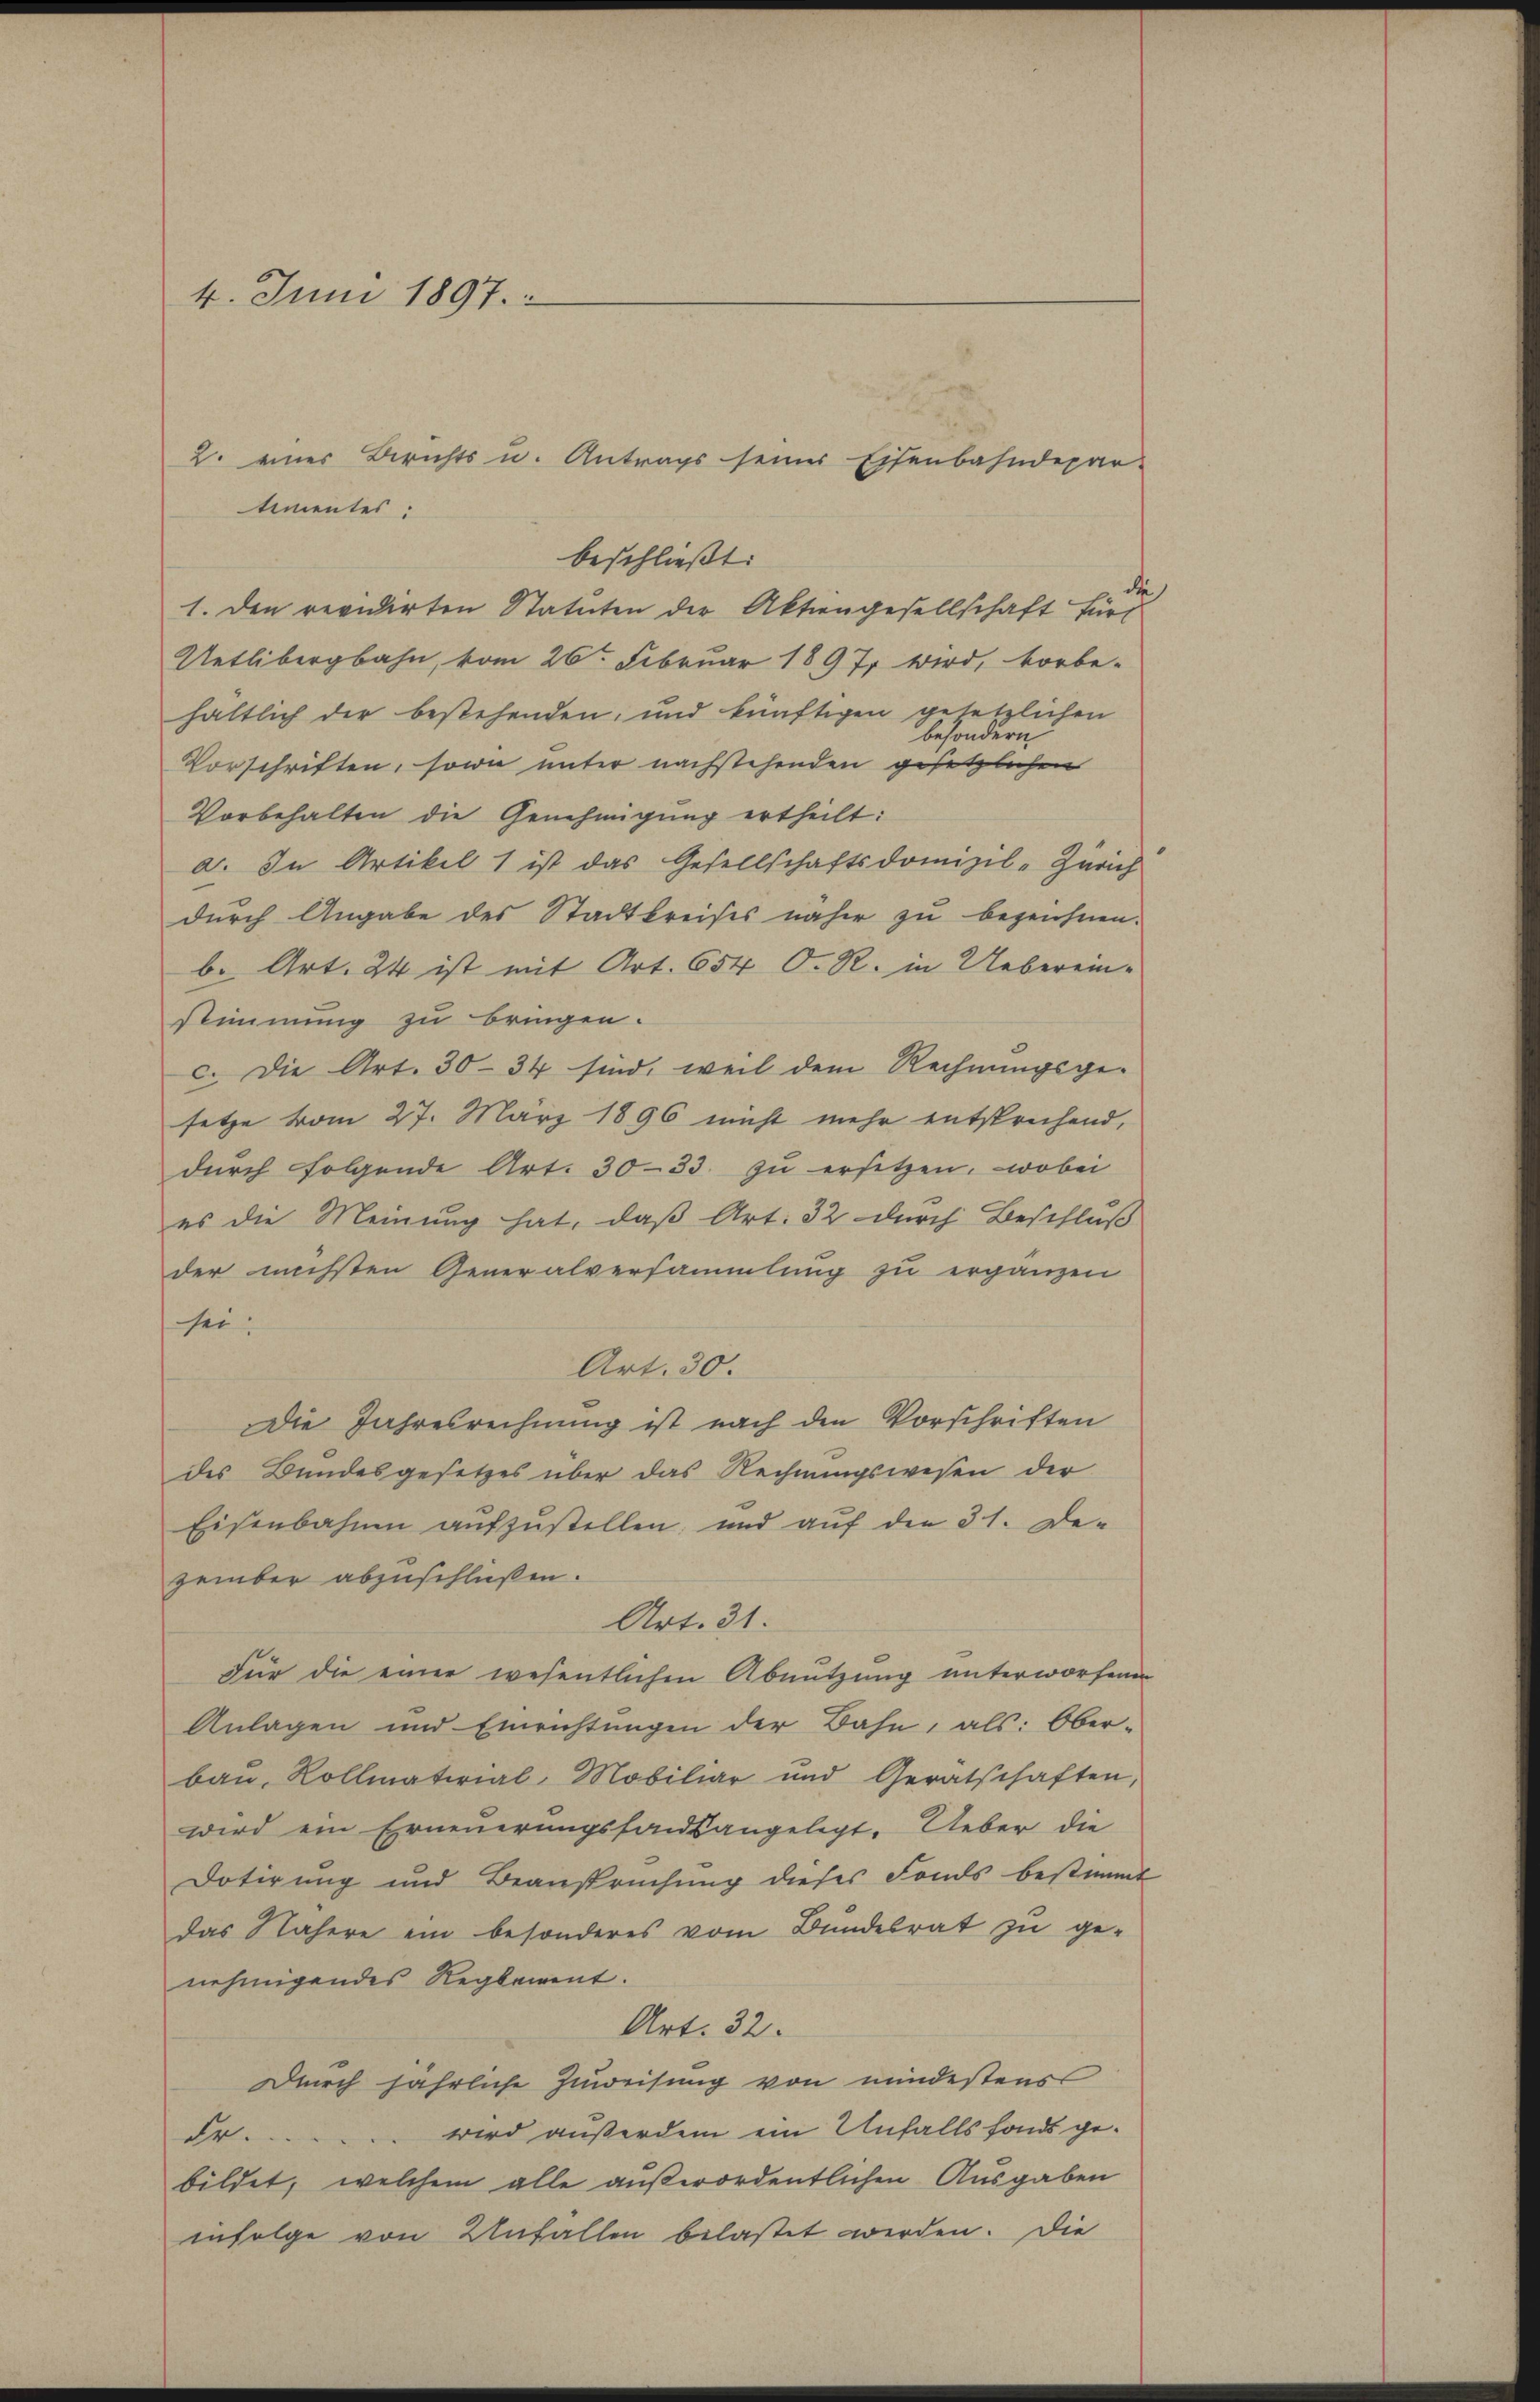
4. Juni 1897.

2. eines Berichts u. Antrags seiner Eisenbahndepar-
timentes:
beschließt:
de
1. Den revidirten Statuten der Aktiengesellschaft für
Uetlibergbahn, vom 26ten Februar 1897 wird, vorbe-
hältlich der bestehenden, und künftigen gesetzlichen
besondern
Vorschriften, sowie unter nachstehenden gesetzlichen
Vorbehalten die Genehmigung ertheilt:
a. In Artikel 1 ist das Gesellschaftsdomizil-Zürich
durch Angabe des Stadtkreises näher zu bezeichnen.
b. Art. 24 ist mit Art. 654 O. R. in Ueberein-
stimmung zu bringen.
c. Die Art. 30-34 sind, weil dem Rechnungsge-
setze vom 27. März 1896 nicht mehr entsprechend,
dŭrch folgende Art. 30-33. zŭ ersetzen, wobei
es die Meinung hat, daß Art. 32 durch Beschluß
der nächsten Generalversammlung zu ergänzen
sei.
Art. 30.
Die Jahresrechnung ist nach den Vorschriften
des Bundesgesetzes über das Rechnungswesen der
Eisenbahnen aufzustellen, und auf den 31. De-
zember abzuschlüßen.
Art. 31.
Für die einer wesentlichen Abnutzung unterworfenen
Anlagen und Einrichtungen der Bahn, als: Ober-
bau, Rollmaterial-Mobiliar und Gerätschaften,
wird ein Erneuerungsfondsangelegt. Ueber die
Dotirung und Beanspruchung dieses Fonds bestimmt
das Nähere ein besonderes vom Bundesrat zu ge-
nehmigendes Reglement.
Art. 32.
Durch jährliche Zuweisung von mindestens
wird außerdem ein Unfalls fonds gede.
e
bildet, welchem alle außerordentlichen Ausgaben
infolge von Unfällen belastet werden. Die